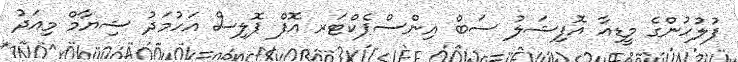
ފުލުހުންގެ މީޑިއާ އޮފިޝަލު ސަބް އިންސްޕެކްޓަރ އޮފް ޕޮލިސް އަހުމަދު ޝިޔާމް މިއަދު